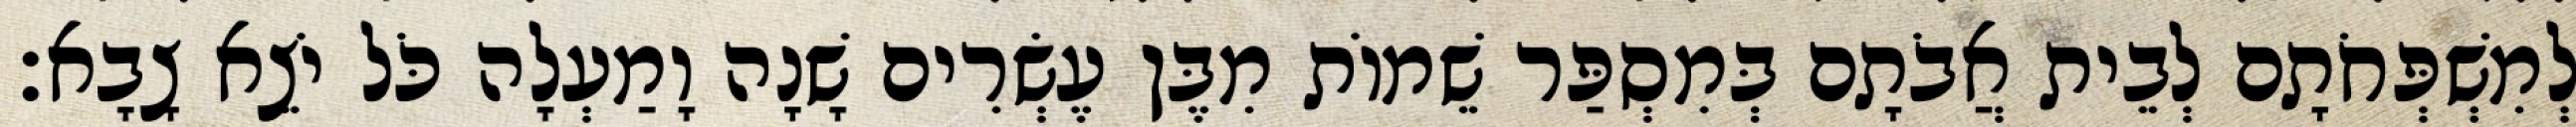
לְמִשְׁפְּחֹתָם לְבֵית אֲבֹתָם בְּמִסְפַּר שֵׁמוֹת מִבֶּן עֶשְׂרִים שָׁנָה וָמַעְלָה כֹּל יֹצֵא צָבָא׃